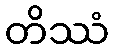
တိဿံ